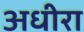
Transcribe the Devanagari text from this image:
अधीरा